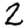
Digit: 2